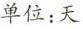
单位：天